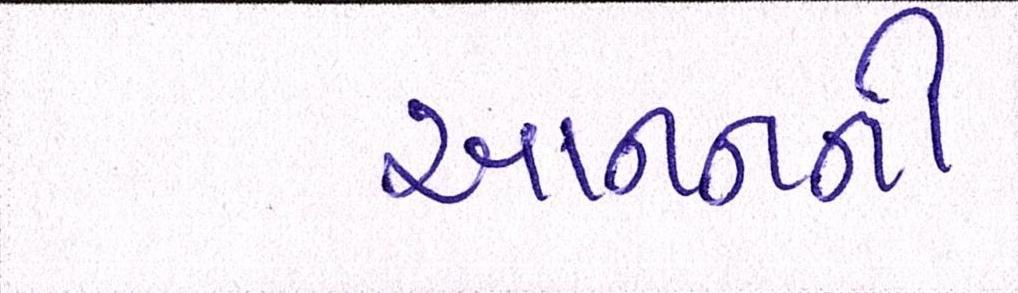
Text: આનનની